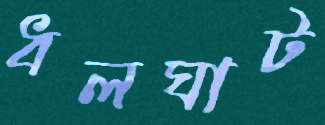
ধলঘাট